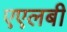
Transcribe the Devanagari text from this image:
एएलबी